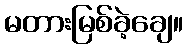
မတားမြစ်ခဲ့ချေ။